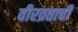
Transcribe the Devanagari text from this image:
वीरव्रताची